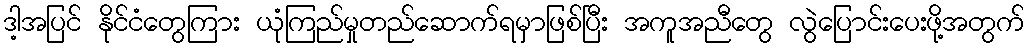
ဒါ့အပြင် နိုင်ငံတွေကြား ယုံကြည်မှုတည်ဆောက်ရမှာဖြစ်ပြီး အကူအညီတွေ လွဲပြောင်းပေးဖို့အတွက်